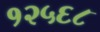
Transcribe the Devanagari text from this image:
१२५६८